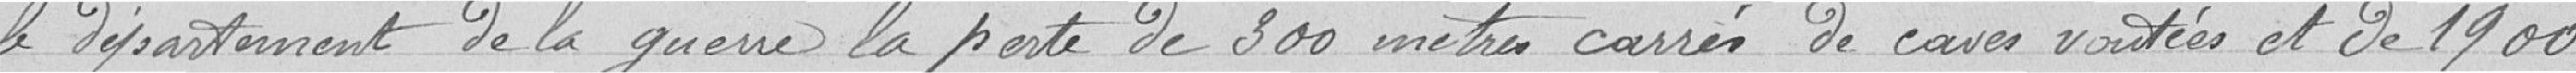
le département de la guerre la perte de 300 mètres carrés de caves voûtées et de 1900